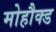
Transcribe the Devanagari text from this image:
मोहौक्ड